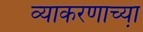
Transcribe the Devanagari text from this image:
व्याकरणाच्या़